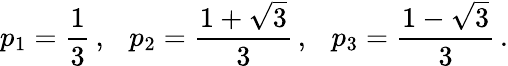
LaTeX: p_{1}=\frac{1}{3}\, ,~~~p_{2}=\frac{1+\sqrt{3}}{3}\, ,~~~p_{3}=\frac{1-\sqrt{3}}{3}\, .